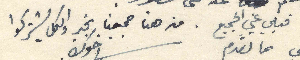
قبلي عني الجميع. من هنا جميعنا بخير والكل يشتركوا